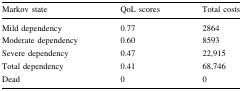
<table><thead><tr><td><b>Markov state</b></td><td><b>QoL scores</b></td><td><b>Total costs</b></td></tr></thead><tbody><tr><td>Mild dependency</td><td>0.77</td><td>2864</td></tr><tr><td>Moderate dependency</td><td>0.60</td><td>8593</td></tr><tr><td>Severe dependency</td><td>0.47</td><td>22,915</td></tr><tr><td>Total dependency</td><td>0.41</td><td>68,746</td></tr><tr><td>Dead</td><td>0</td><td>0</td></tr></tbody></table>